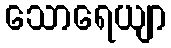
သောရေယျာ